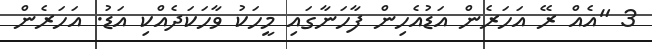
3 "އެއް ރޭ އަހަރެން އަޑުއެހިން ފާހަނާގައި މީހަކު ވާހަކަދެއްކި އަޑު. އަހަރެން